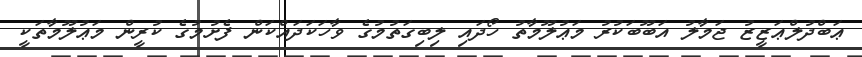
ޢަބްދުލްޢަޒީޒު ޖަމާލު އަބޫބަކުރު މަޢުލޫމާތު ހޯދައި ލިބިގަތުމުގެ ވާހަކަދައްކަން ފެށުމުގެ ކުރީން މަޢުލޫމާތަކީ